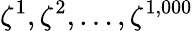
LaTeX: \zeta^{1},\zeta^{2},\dots,\zeta^{1,000}